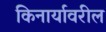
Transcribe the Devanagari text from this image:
किनार्यावरील